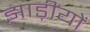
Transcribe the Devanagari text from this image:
झाड़ीयों